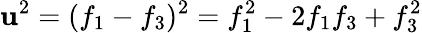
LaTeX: \mathbf{u}^{2}=(f_{1}-f_{3})^{2}=f_{1}^{2}-2f_{1}f_{3}+f_{3}^{2}